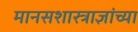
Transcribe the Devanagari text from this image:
मानसशास्त्राज्ञांच्या